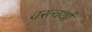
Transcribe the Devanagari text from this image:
वस्त्वर्था